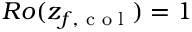
R o ( z _ { f , \textrm { c o l } } ) = 1